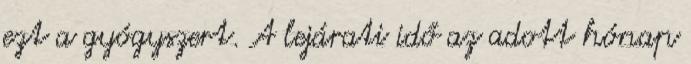
ezt a gyógyszert. A lejárati idő az adott hónap